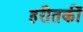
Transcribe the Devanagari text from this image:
हरीतकीं